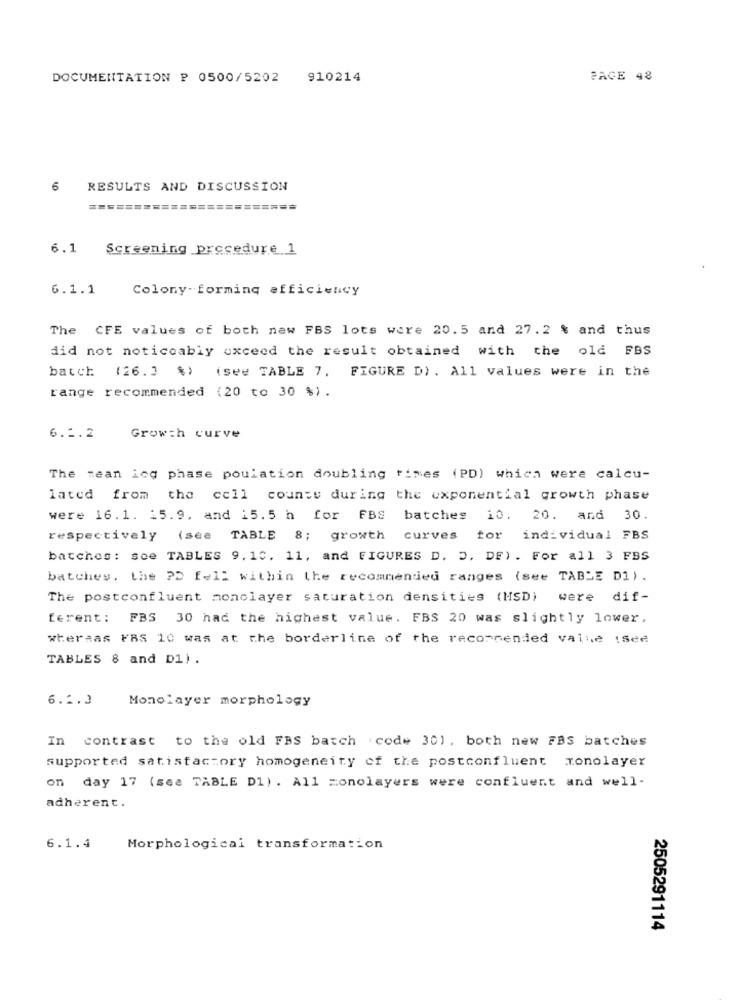
DOCUMENTATION P 0500/5202
910214
PAGE 48
10
RESULTS AND DISCUSSION
6.1 Screening procedure 1
6.1.1
Colony-forming efficiency
The CFE values of both new FBS lots were 20.5 and 27.2 % and thus
did not noticeably exceed the result obtained with the old FBS
batch (26.3 %) (see TABLE 7. FIGURE D). All values were in the
range recommended (20 to 30 %).
Growth curve
6.2.2
The mean icq phase poulation doubling times (PD) which were calcu-
lated from the cell county during the exponential growth phase
were 16.1. 15.9, and 15.5 h for FBS batches 10, 20. and 30.
respectively
(see TABLE 8; growth curves for individual FBS
batches : see TABLES 9. 10. 11, and FIGURES D. D. DF) . For all 3 FBS
batches, the PD fell within the recommended ranges (see TABLE DI).
The postconfluent monolayer saturation densities (MSD) were dif-
ferent: FBS 30 had the highest value. FBS 20 was slightly lower.
whereas FBS 10 was at the borderline of the recommended value (see
TABLES 8 and D1).
6.2.3
Monolayer morphology
In contrast to the old FBS batch .code 30), both new FBS batches
supported satisfactory homogeneity of the postconfluent monolayer
on day 17 (see TABLE D1) . All zonolayers were confluent and well-
adherent.
6.1.4
Morphological transformation
2505291114